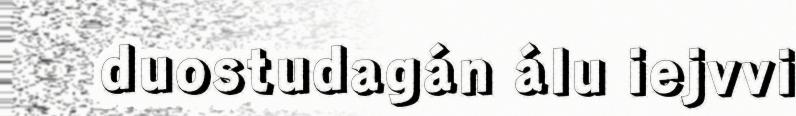
duostudagán álu iejvvi